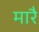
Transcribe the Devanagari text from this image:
मारै